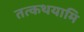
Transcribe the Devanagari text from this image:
तत्कथयामि